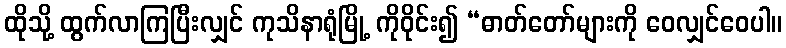
ထိုသို့ ထွက်လာကြပြီးလျှင် ကုသိနာရုံမြို့ ကိုဝိုင်း၍ “ဓာတ်တော်များကို ဝေလျှင်ဝေပါ။